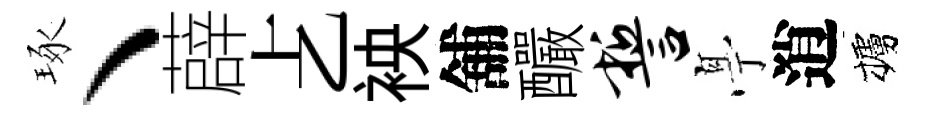
琢丶薜𠧒䘧舖釅誓𠅘逍櫨